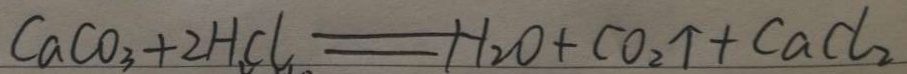
C a C O _ { 3 } + 2 H C l = H _ { 2 } O + C O _ { 2 } \uparrow + C a C l _ { 2 }